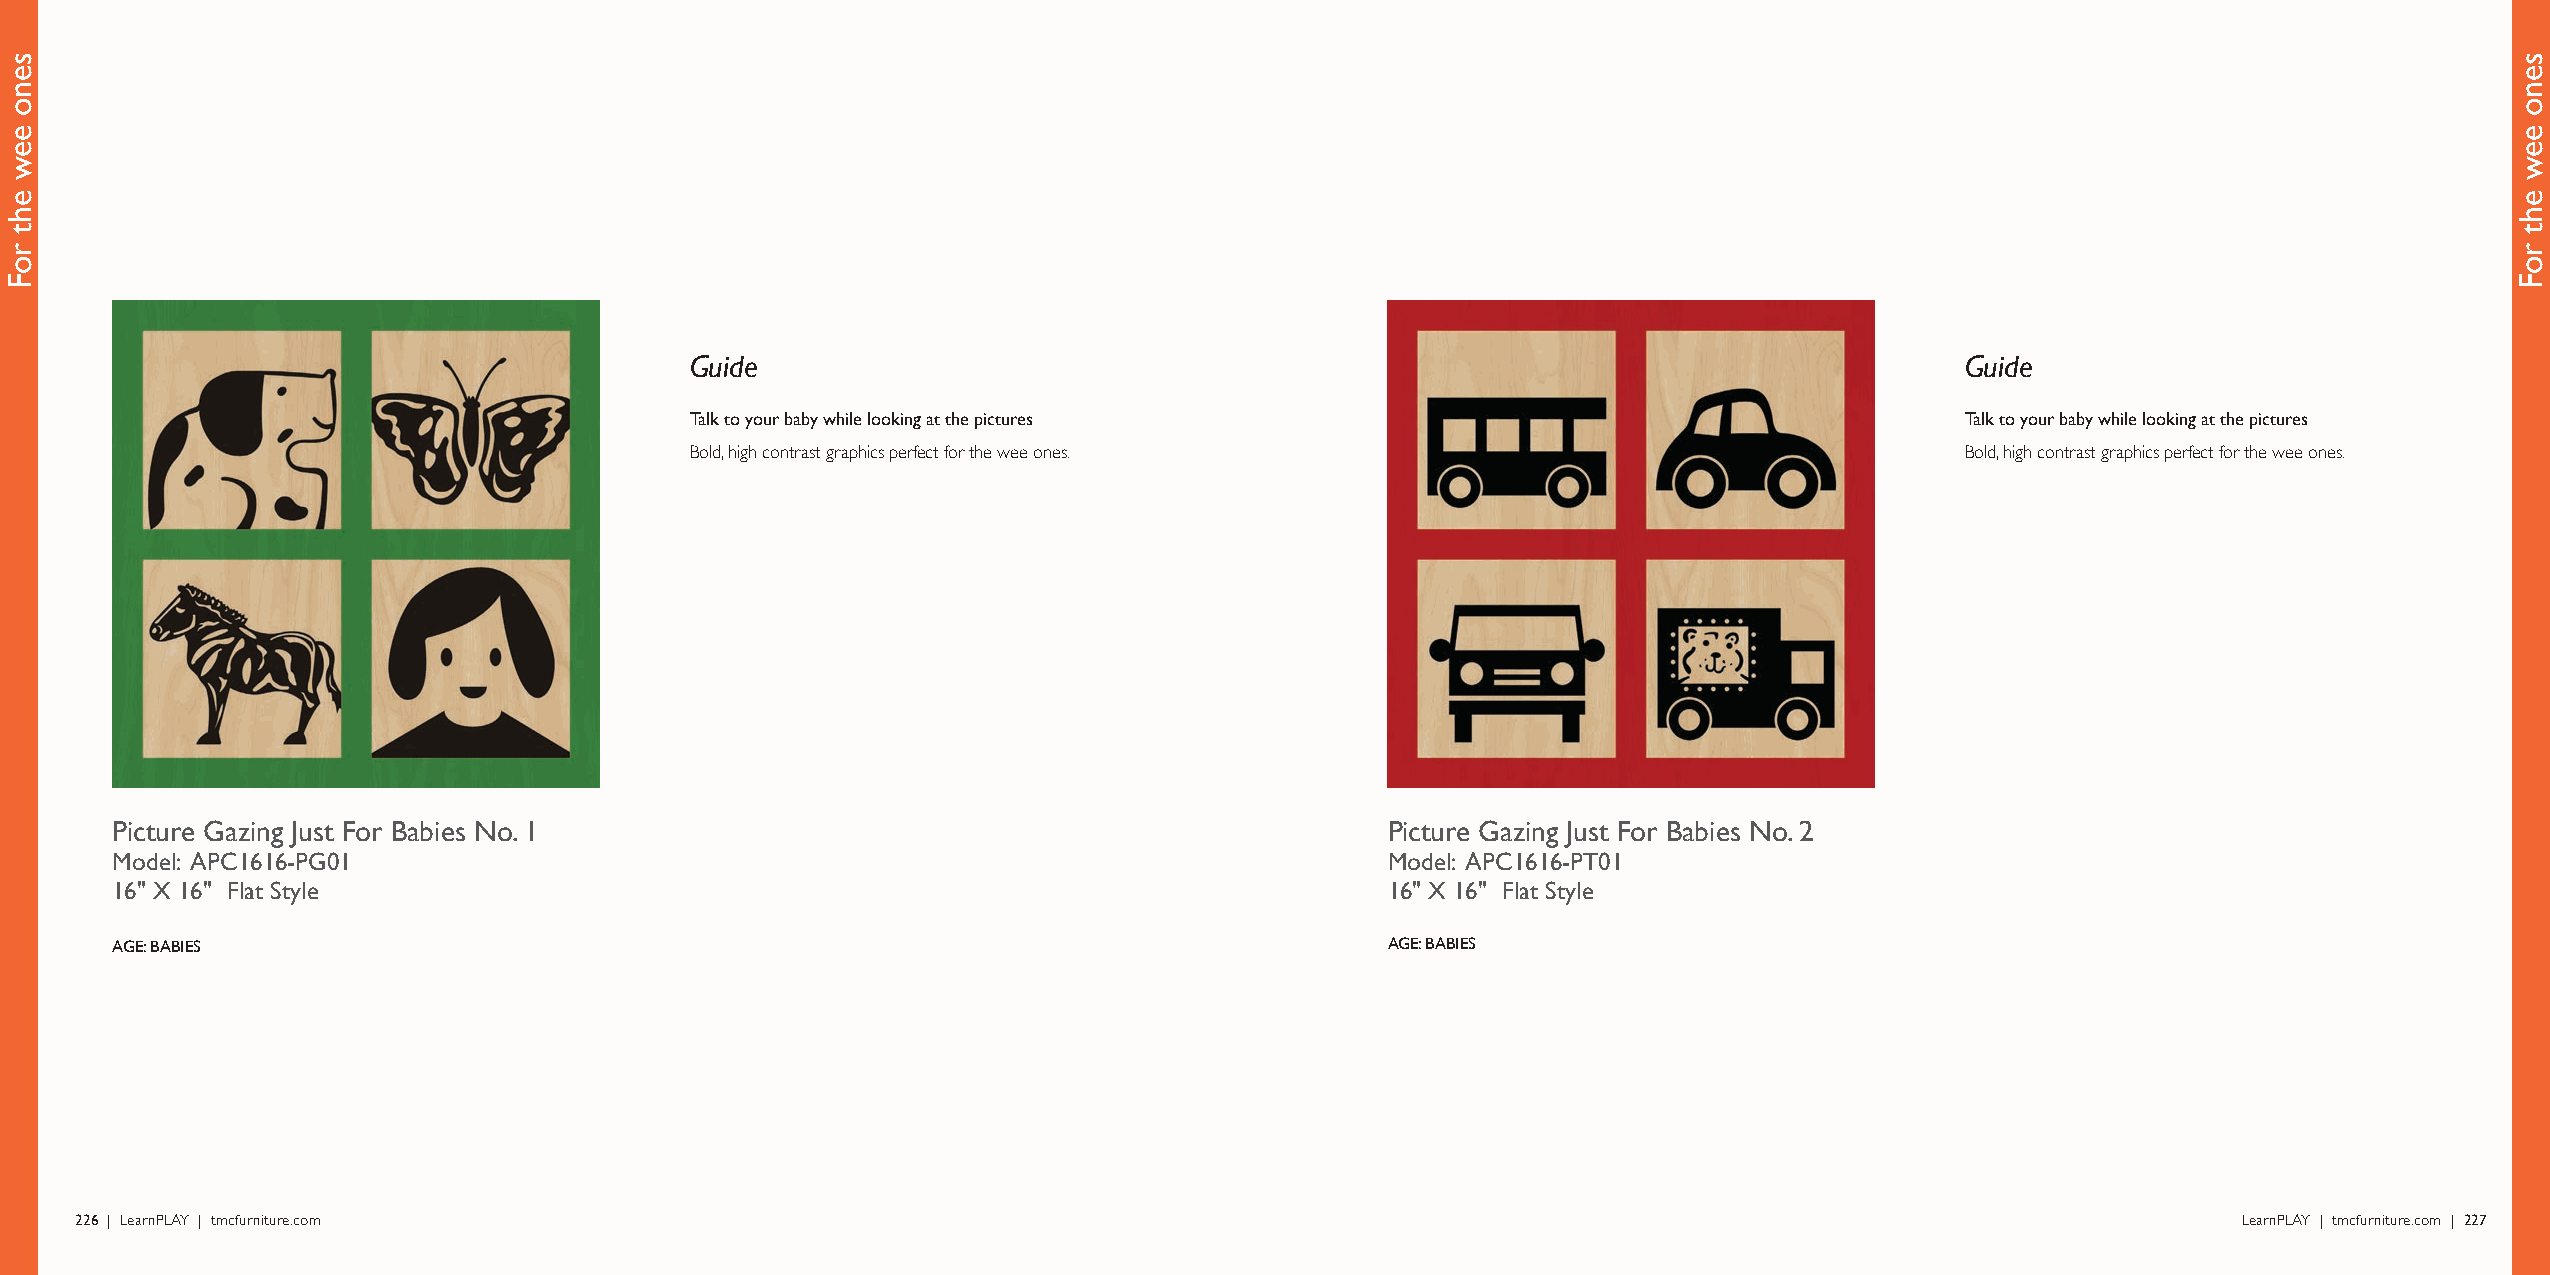
Guide                                                                               Guide
 Talk to your baby while looking at the pictures                                     Talk to your baby while looking at the pictures
 Bold, high contrast graphics perfect for the wee ones.                              Bold, high contrast graphics perfect for the wee ones.
 Picture Gazing Just For Babies No. 1                                                 Picture Gazing Just For Babies No. 2
 Model: APC1616-PG01                                                                  Model: APC1616-PT01
 16" X 16" Flat Style                                                                 16" X 16" Flat Style
 AGE: BABIES                                                                          AGE: BABIES
 226 | LearnPLAY | tmcfurniture.com                                                                                                             LearnPLAY | tmcfurniture.com | 227
 seno
 eew
 eht
 roF
 seno
 eew
 eht
 roF